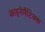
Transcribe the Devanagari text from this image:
काइनेमैटिक्स